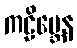
ကဠိမ္ဘေန